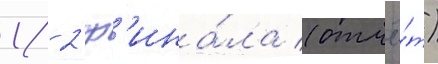
1/ 2 ф'ина́ла (отчё́т)